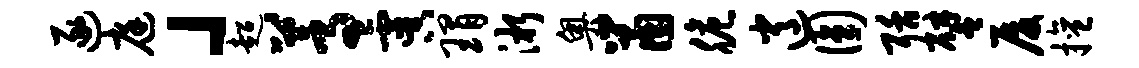
逐庭」超蒿虞瑁淅奥鼠脆逍圆聒譬厦擅